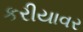
કરીયાવર